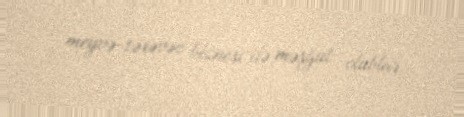
meyvə-tərəvəz biznesi ilə məşğul olublar.